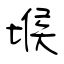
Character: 堠